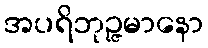
အပရိဘုဉ္ဇမာနော